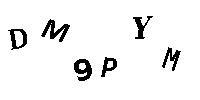
DM9PYM